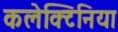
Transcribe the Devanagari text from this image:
कलेक्टिनिया